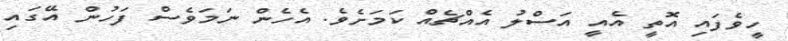
ހީވެފައި އޮތީ އެއީ އަސްލު އެއްޗެއް ކަމަށެވެ. އެހެން ނަމަވެސް ފަހުން އޭގައި